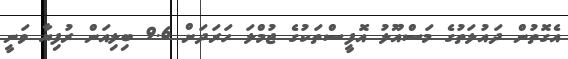
އެގޮތުން ދައުލަތުގެ މަސްއޫލު އޮފީސްތަކުގެ ޖުމްލަ ހަރަދަށް 9.6 ބިލިއަން ރުފިޔާ ވަނީ